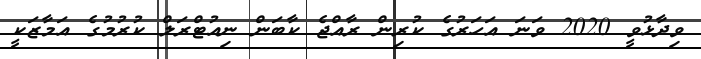
ވިދާޅުވީ 2020 ވަނަ އަހަރުގެ ކުރިން ރާއްޖެ ކާބަން ނިއުޓްރަލް ކުރުމުގެ އަމާޒަކީ